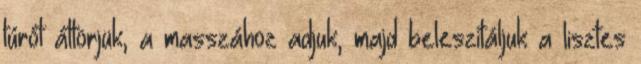
túrót áttörjük, a masszához adjuk, majd beleszitáljuk a lisztes